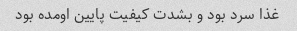
غذا سرد بود و بشدت کیفیت پایین اومده بود